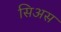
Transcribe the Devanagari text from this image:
सिअस